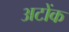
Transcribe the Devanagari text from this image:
अटोंक